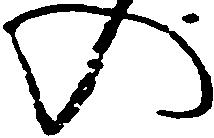
の